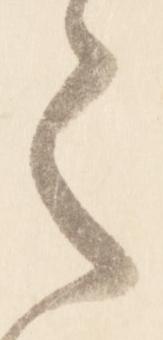
之